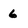
Character: 6